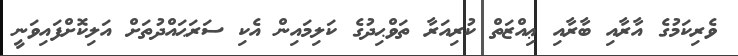
ވެރިކަމުގެ އާރާއި ބާރާއި ޢިއްޒަތް ކުރިއަރާ ތަވްޙިދުގެ ކަލިމައިން އެކި ސަރަޙައްދުތަށް އަލިކޮށްފައިވަނީ